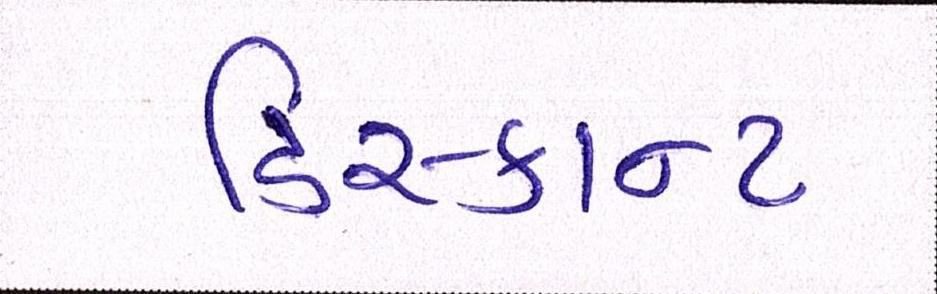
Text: ડિસ્કાન્ટ